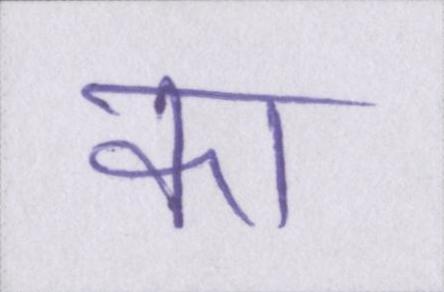
का